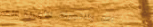
بيع بالتجزئة للأجهزة الكه